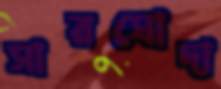
সারঘোদা